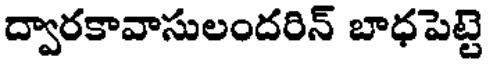
ద్వారకావాసులందరిన్ బాధపెట్టె